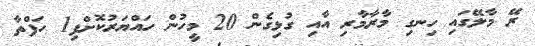
ރޭ މާލޭގައި ހިނގި މާރާމާރި އާއި ގުޅިގެން 20 މީހުން ހައްޔަރުކޮށްފި1 ހަފްތާ